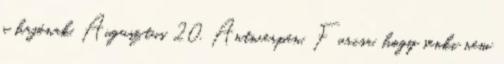
a hajónak. Augusztus 20. Antwerpen. Furcsa, hogy senki nem